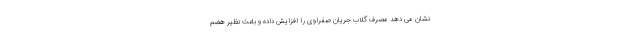
نشان می دهد مصرف گلاب جریان صفراوی را افزایش داده و باعث نظیر هضم